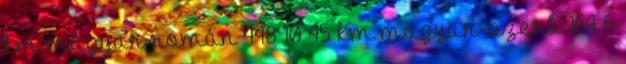
km magyar-román 448 10 45 km magyar-szerb 164 6